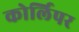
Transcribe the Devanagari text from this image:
कोर्लिपर